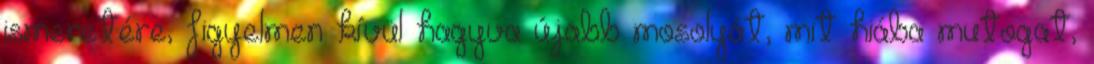
ismeretére, figyelmen kívül hagyva újabb mosolyát, mit hiába mutogat,